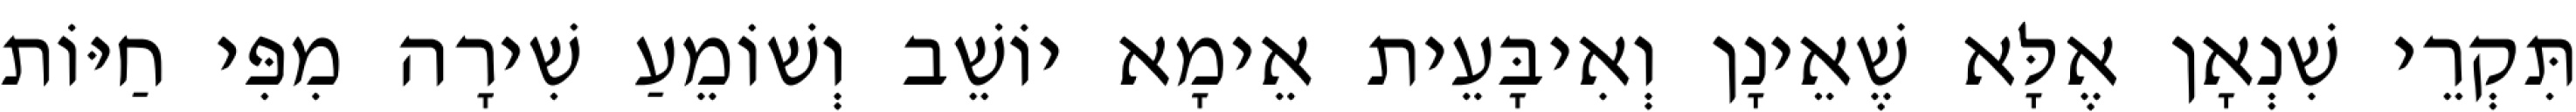
תִּקְרֵי שִׁנְאָן אֶלָּא שֶׁאֵינָן וְאִיבָּעֵית אֵימָא יוֹשֵׁב וְשׁוֹמֵעַ שִׁירָה מִפִּי חַיּוֹת